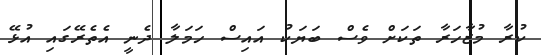
ކުރާ މުޒާހަރާ ތަކަށް ވެސް ބަޔަކު އައިސް ހަމަލާ ދެނީ އެތެރޭގައި އުޅޭ